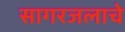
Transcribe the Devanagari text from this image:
सागरजलाचे